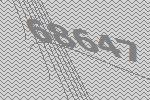
68647